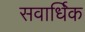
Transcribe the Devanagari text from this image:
सवार्धिक